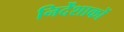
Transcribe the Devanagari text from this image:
निर्देंशाकों